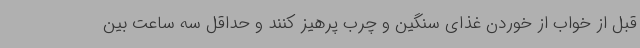
قبل از خواب از خوردن غذای سنگین و چرب پرهیز کنند و حداقل سه ساعت بین